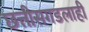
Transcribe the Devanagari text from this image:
छत्तीसगडलाही